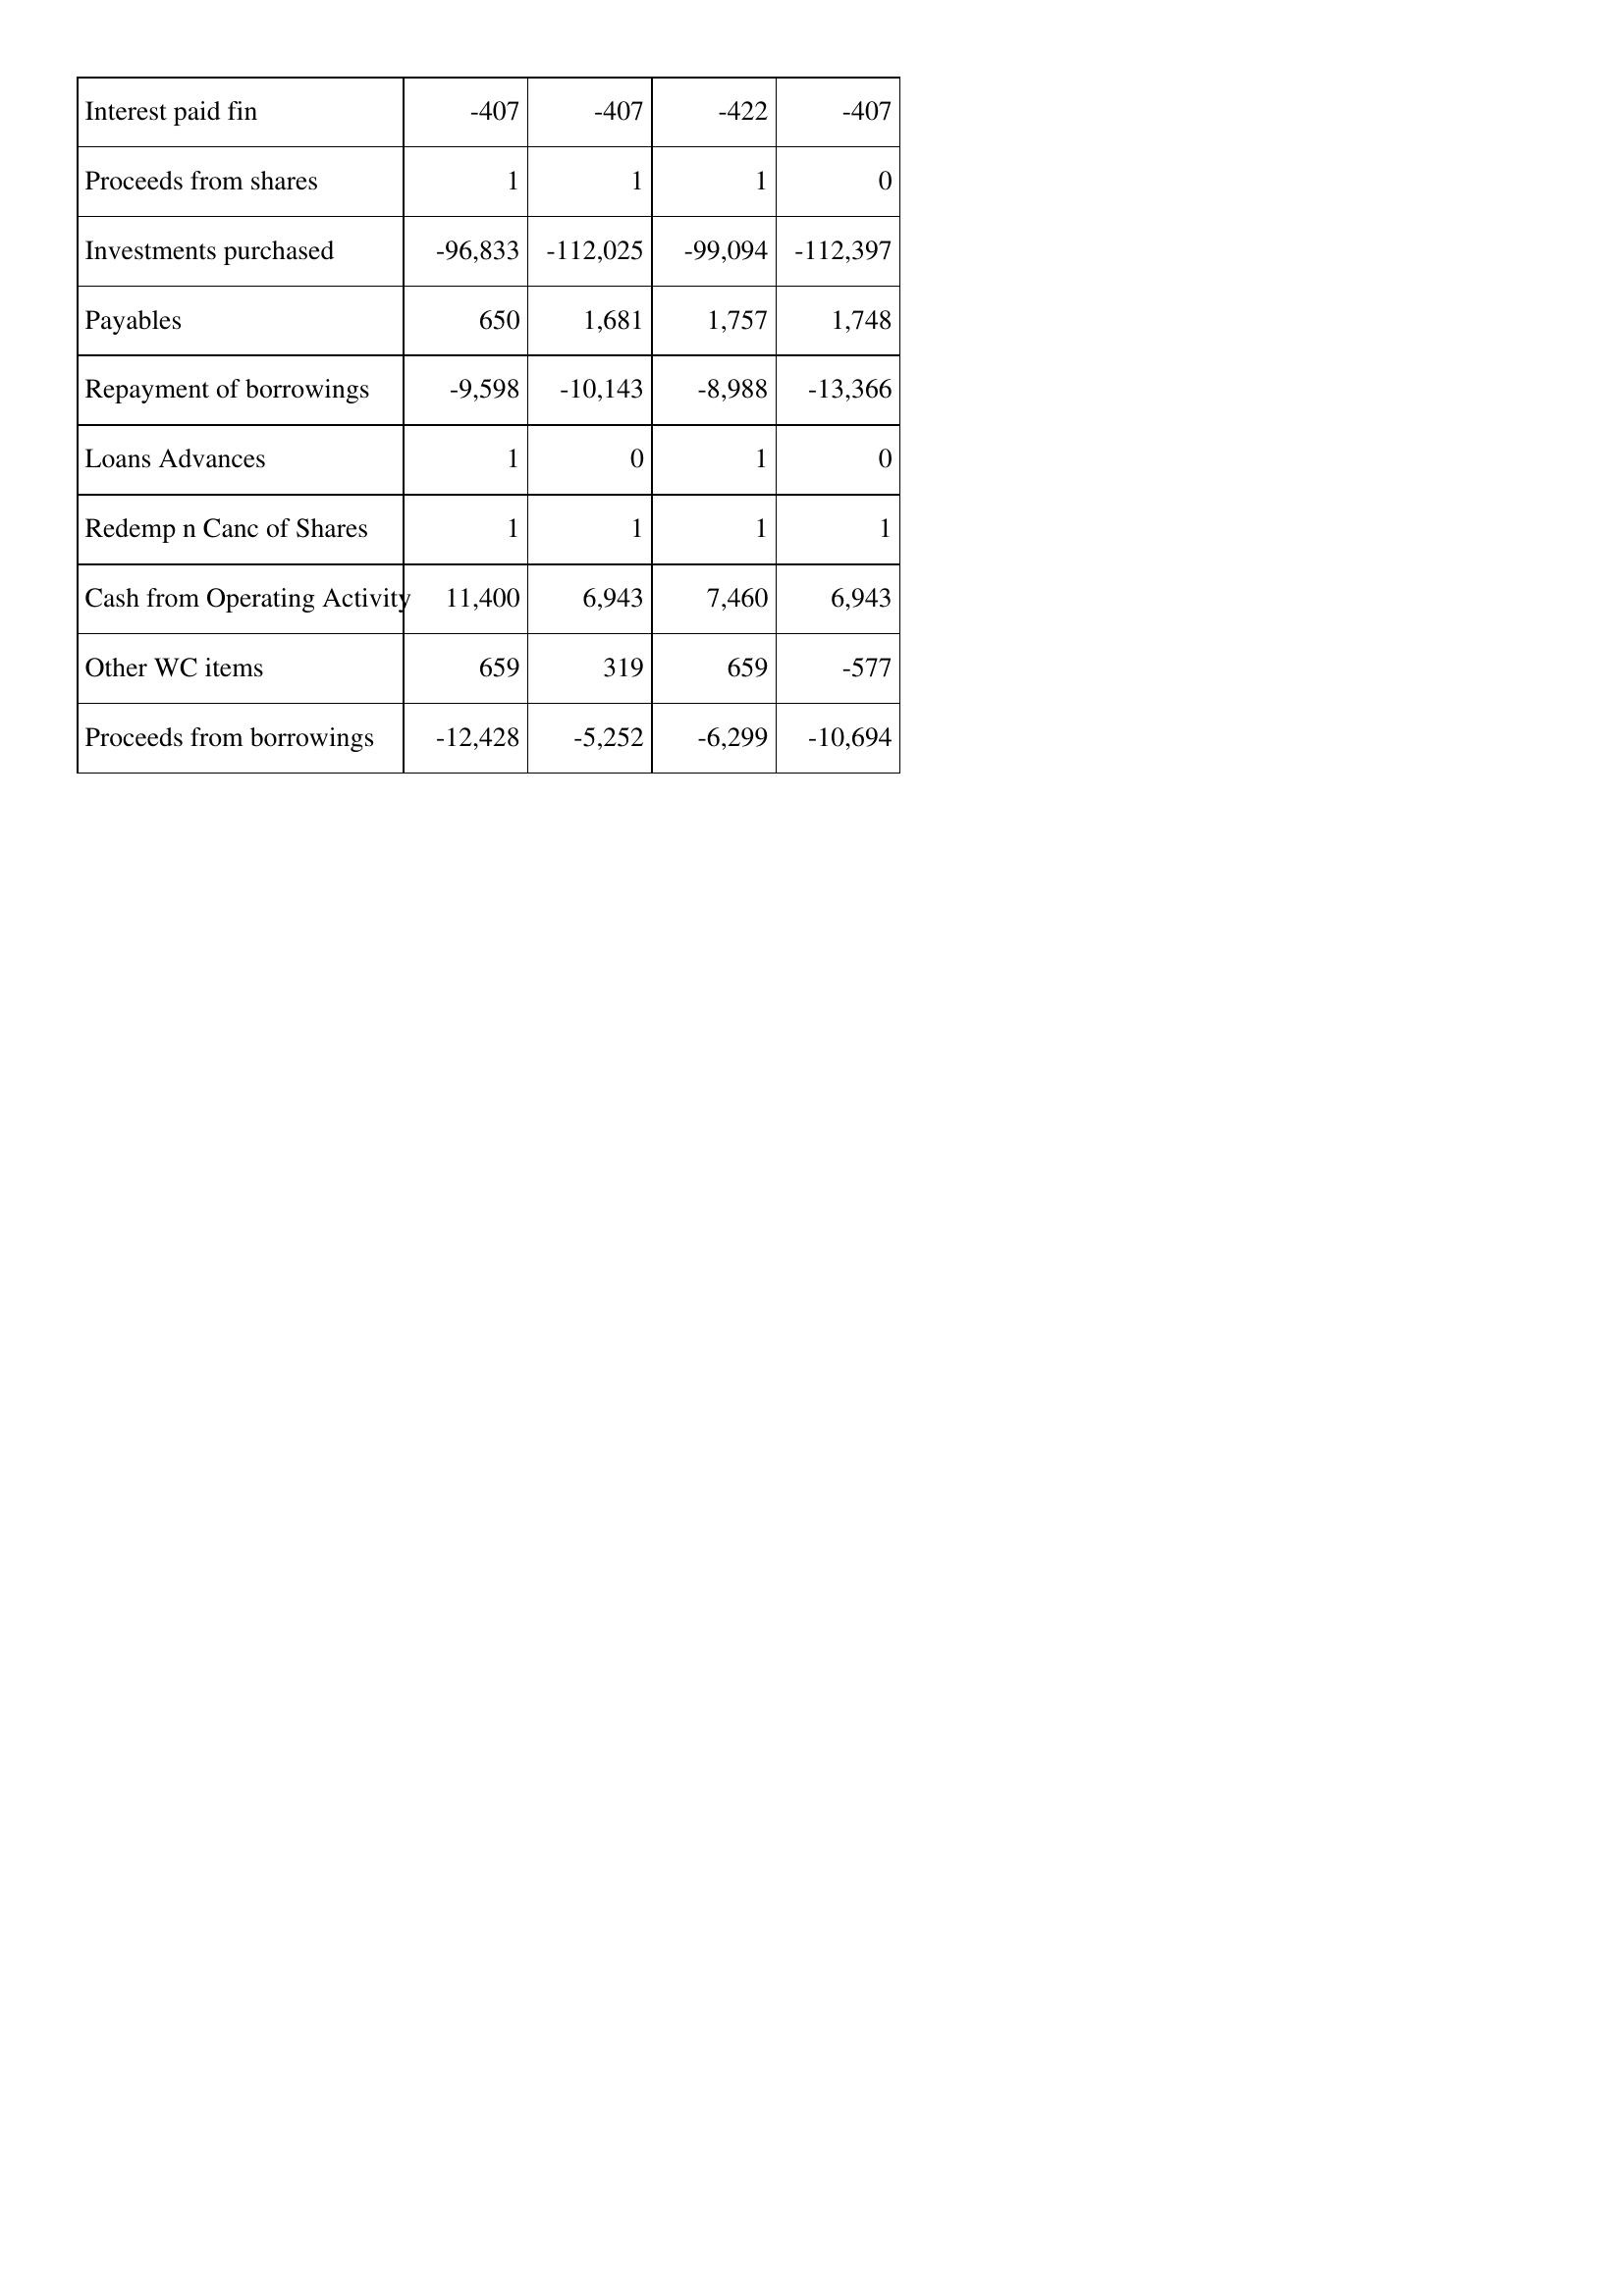
Mar-19: Cash Flows: Interest paid fin: -407
Proceeds from shares: 1
Investments purchased: -96,833
Payables: 650
Repayment of borrowings: -9,598
Loans Advances: 1
Redemp n Canc of Shares: 1
Cash from Operating Activity: 11,400
Other WC items: 659
Proceeds from borrowings: -12,428
Mar-18: Cash Flows: Interest paid fin: -407
Proceeds from shares: 1
Investments purchased: -112,025
Payables: 1,681
Repayment of borrowings: -10,143
Loans Advances: 0
Redemp n Canc of Shares: 1
Cash from Operating Activity: 6,943
Other WC items: 319
Proceeds from borrowings: -5,252
Mar-17: Cash Flows: Interest paid fin: -422
Proceeds from shares: 1
Investments purchased: -99,094
Payables: 1,757
Repayment of borrowings: -8,988
Loans Advances: 1
Redemp n Canc of Shares: 1
Cash from Operating Activity: 7,460
Other WC items: 659
Proceeds from borrowings: -6,299
Mar-16: Cash Flows: Interest paid fin: -407
Proceeds from shares: 0
Investments purchased: -112,397
Payables: 1,748
Repayment of borrowings: -13,366
Loans Advances: 0
Redemp n Canc of Shares: 1
Cash from Operating Activity: 6,943
Other WC items: -577
Proceeds from borrowings: -10,694